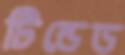
টিন্ডেড